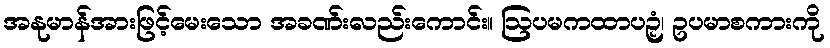
အနုမာန်အားဖြင့်မေးသော အခဏ်းလည်းကောင်း။ ဩပမကထာပဉှံ၊ ဥပမာစကားကို